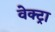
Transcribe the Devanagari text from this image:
वेक्ट्रा